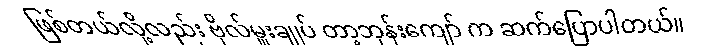
ဖြစ်တယ်လို့လည်း ဗိုလ်မှူးချုပ် တာ့ဘုန်းကျော် က ဆက်ပြောပါတယ်။